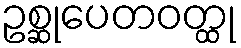
ဥစ္ဆုပေတဝတ္ထု